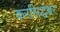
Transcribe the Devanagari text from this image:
करसिद्धेश्वर